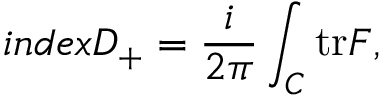
i n d e x D _ { + } = \frac { i } { 2 \pi } \int _ { C } { \mathrm { t r } { \cal { F } } } ,